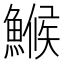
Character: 𩺟